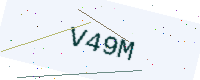
Text: V49M